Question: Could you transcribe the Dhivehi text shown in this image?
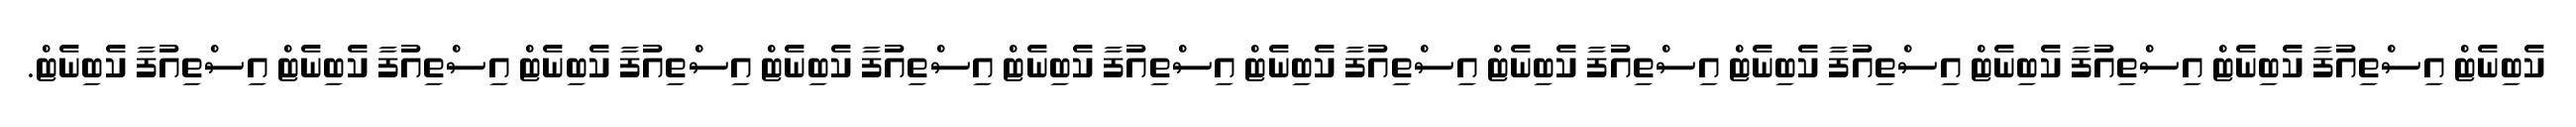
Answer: ކެބިނެޓް އިސްތިއުފާ ކެބިނެޓް އިސްތިއުފާ ކެބިނެޓް އިސްތިއުފާ ކެބިނެޓް އިސްތިއުފާ ކެބިނެޓް އިސްތިއުފާ ކެބިނެޓް އިސްތިއުފާ ކެބިނެޓް އިސްތިއުފާ ކެބިނެޓް އިސްތިއުފާ ކެބިނެޓް އިސްތިއުފާ ކެބިނެޓް އިސްތިއުފާ ކެބިނެޓް.